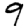
Digit: 9